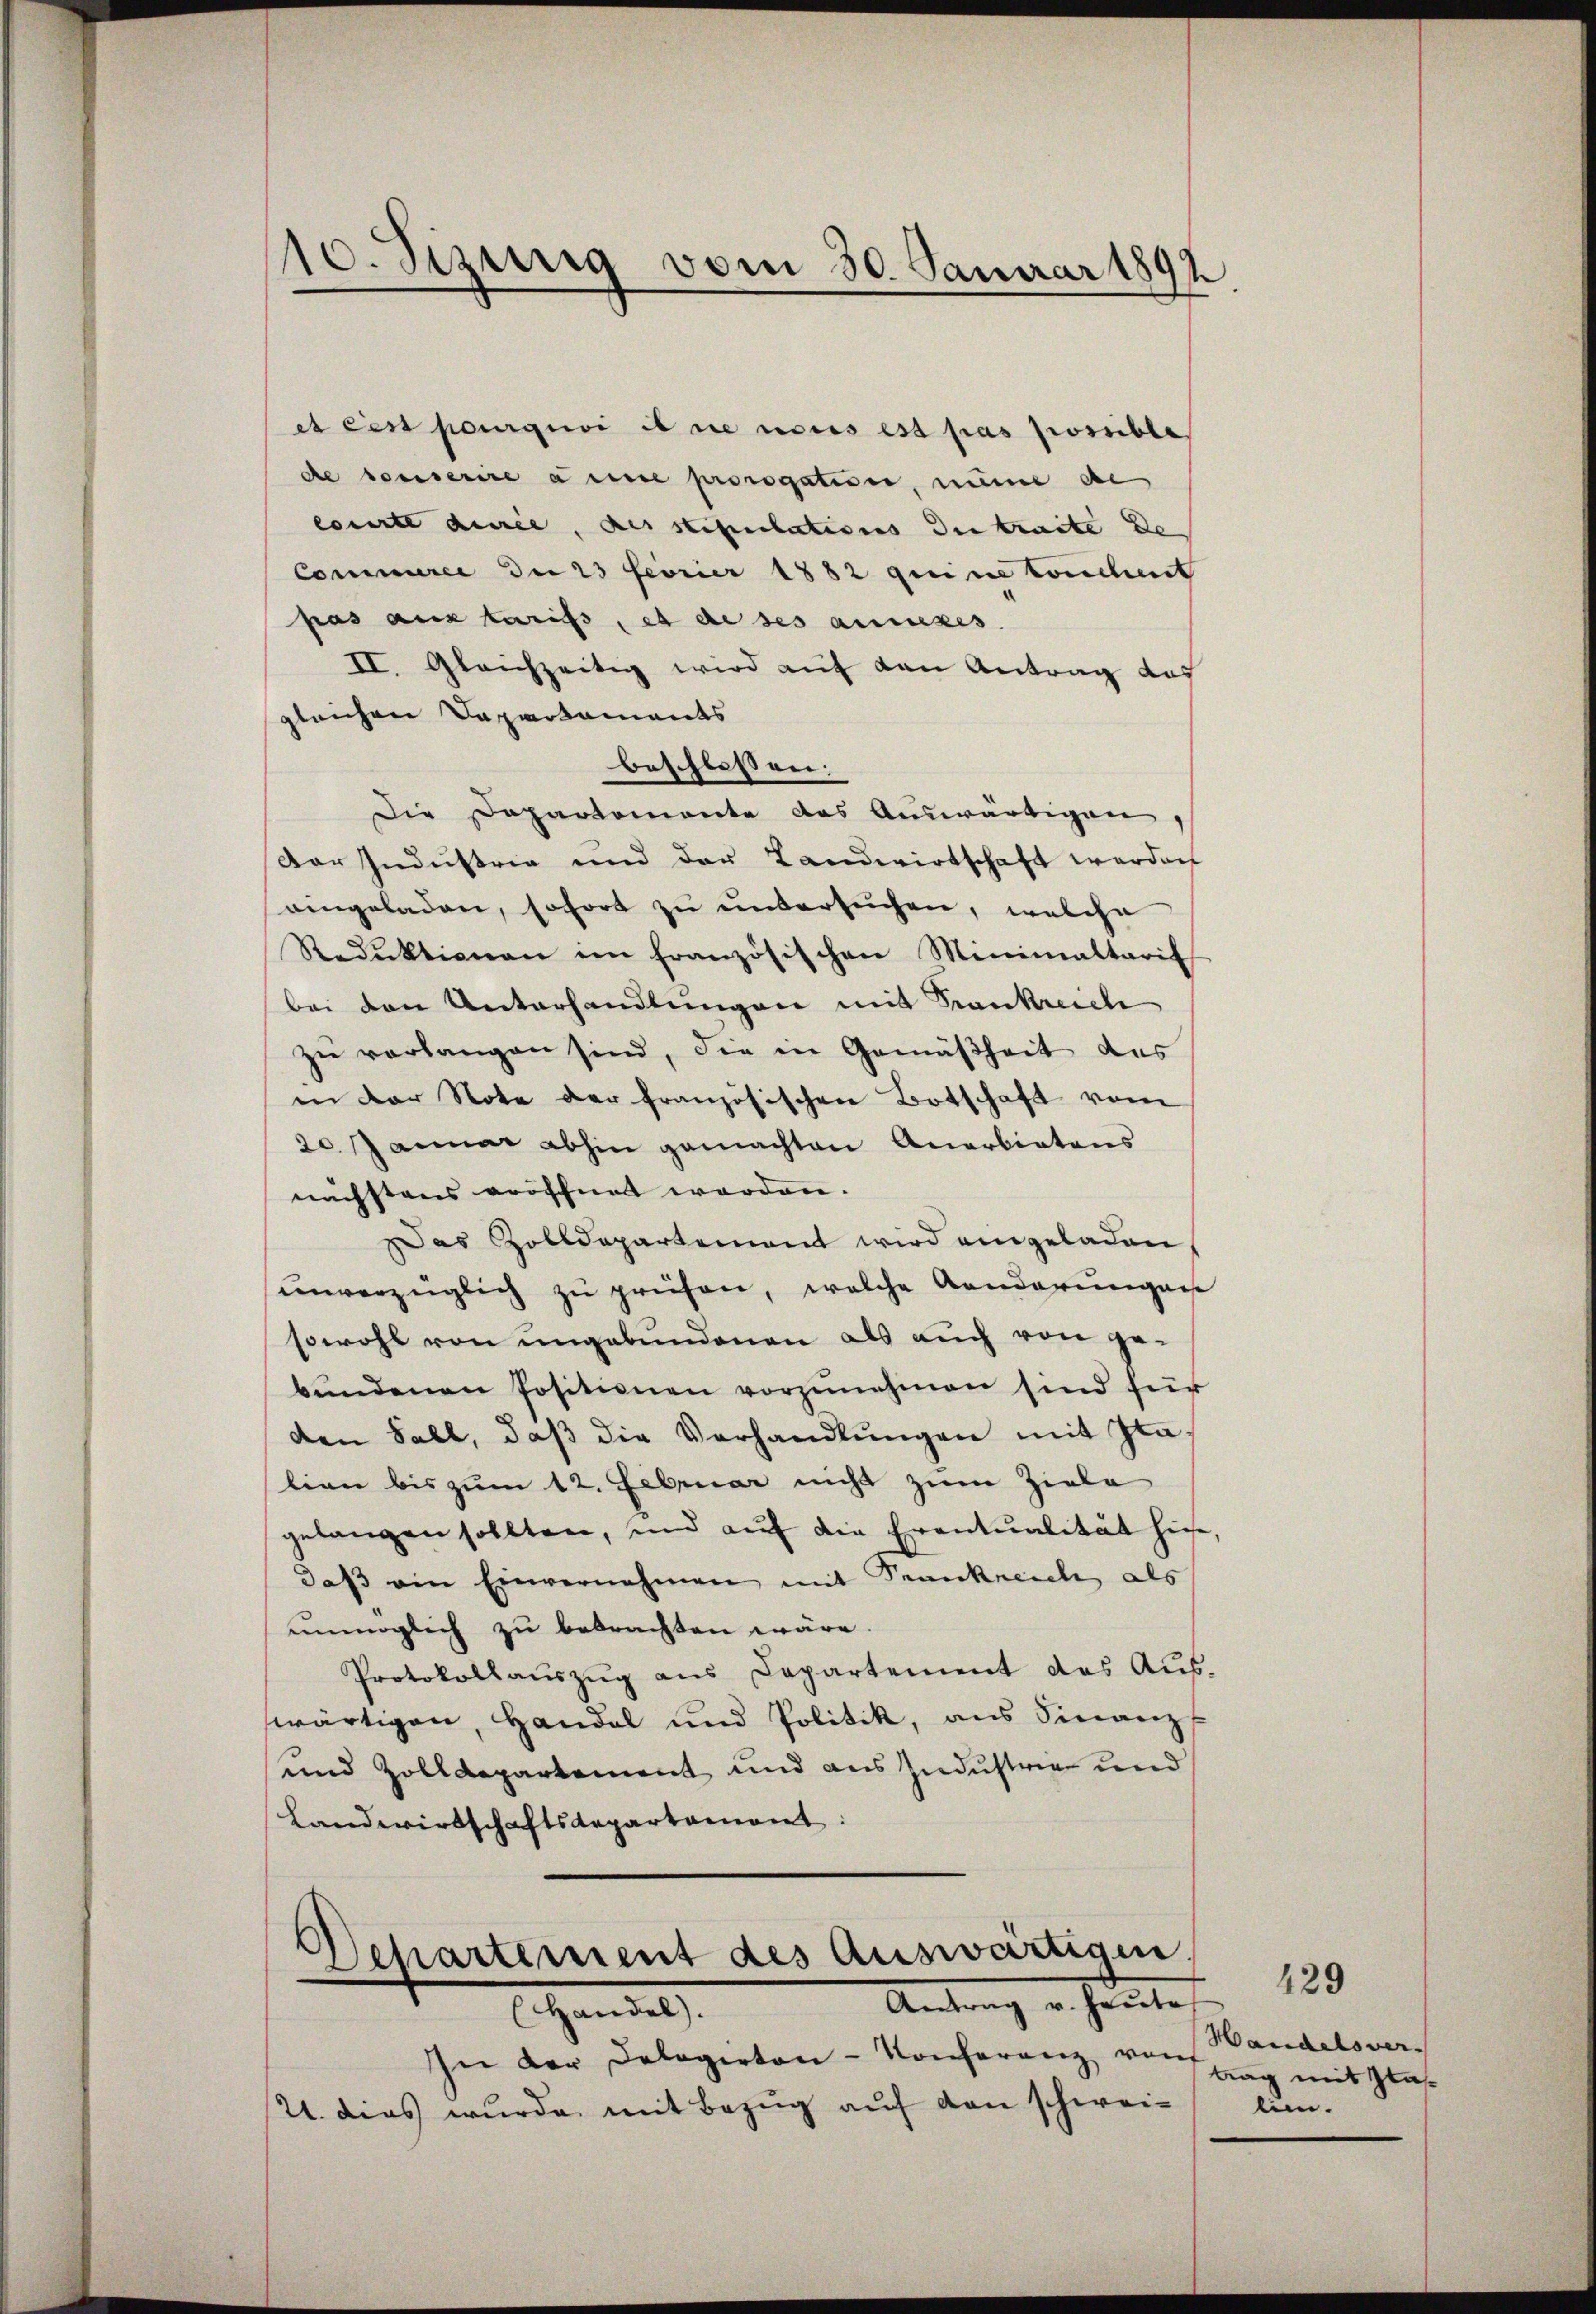
10. Sizurig vom 30. Januar 1892

et ces poursuivi il sie neues est pas possible
de touserire anne prorogation, neine de
courte dirie, des stipulations der traite de
Commurce der 23 feorier 1882 qui ne Conchent
pas aus tarifs, et de ses anzes.
II. Gleichzeitig wird auf den Antrag des
gleichen Departaments
beschlossen:
Die Departemente das Auswärtigen
Der Industrie und der Landwirtschaft werden
aingeladen, sofort zu untersuchen, welche
Redŭktionen im französischen Minimaltarit
bei den Unterhandlungen mit Krankreich
zu verlangen sind, die in Gemäßheit des
in der Note der französischen Botschaft vom
20. Januar abhin gemachten Anarbietens
nächstens eröffnet werden.
Das Zolldepartement wird eingeladen,
unverzüglich zu prüfen, welche Aenderungen
sowohl von ungebundenen als auch von ge-
bŭndenen Positionen vorzŭnehmen sind für
den Fall, daβ die Verhandlungen mit Italion bis zum 12. Februar nicht zum Ziele
gelangen sollten, und auf die Eventualität hier,
daß ein Einvernehmen mit Senkneich als
unmöglich zu bebrachten wäre.
Protokollaŭszŭg ans Capartement das Aŭs-
wärtigen, Handel und Politik, ans Finanz
und Zolldepartement und aus Industrie und
Landwirtschaftsdepartament:
s
Departement des Auswärtigen.
Antrag v. Heute
Handel.
In der Delegirten-Konferenz von
U. dies wurde mit Bezug auf den schwei¬

Handelsver-
trag mit Glaslien.

429